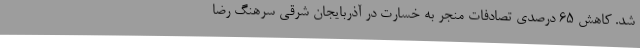
شد. کاهش 65 درصدی تصادفات منجر به خسارت در آذربایجان شرقی سرهنگ رضا